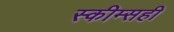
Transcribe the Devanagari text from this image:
स्कीम्सही